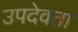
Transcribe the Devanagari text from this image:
उपदेवता